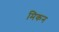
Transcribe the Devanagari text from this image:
मिकन